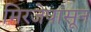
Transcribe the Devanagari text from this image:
मिरजेपासून